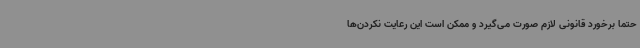
حتماً برخورد قانونی لازم صورت می‌گیرد و ممکن است این رعایت نکردن‌ها